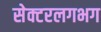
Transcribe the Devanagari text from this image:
सेक्टरलगभग